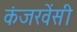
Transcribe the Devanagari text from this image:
कंजरवेंसी